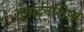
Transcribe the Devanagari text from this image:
जनार्दनशिष्य